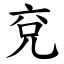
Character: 兗